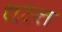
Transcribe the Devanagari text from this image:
धस्त